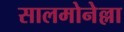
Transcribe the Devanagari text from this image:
सालमोनेल्ला